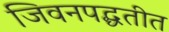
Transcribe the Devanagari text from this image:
जिवनपद्धतीत